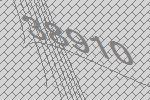
38910